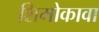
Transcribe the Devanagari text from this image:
शिमोकावा